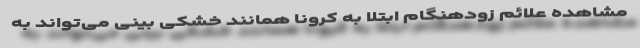
مشاهده علائم زودهنگام ابتلا به کرونا همانند خشکی بینی می‌تواند به